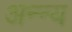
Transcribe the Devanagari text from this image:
अन्न्य